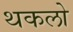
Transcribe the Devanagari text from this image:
थकलो